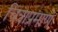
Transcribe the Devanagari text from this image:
चित्राप्रमाणे